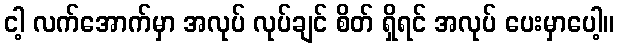
ငါ့ လက်အောက်မှာ အလုပ် လုပ်ချင် စိတ် ရှိရင် အလုပ် ပေးမှာပေါ့။